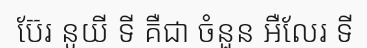
ប៊ែរ នូយី ទី គឺជា ចំនួន អឺលែរ ទី